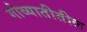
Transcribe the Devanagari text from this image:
गोव्यातीतील